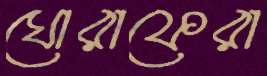
ঘোরাফেরা